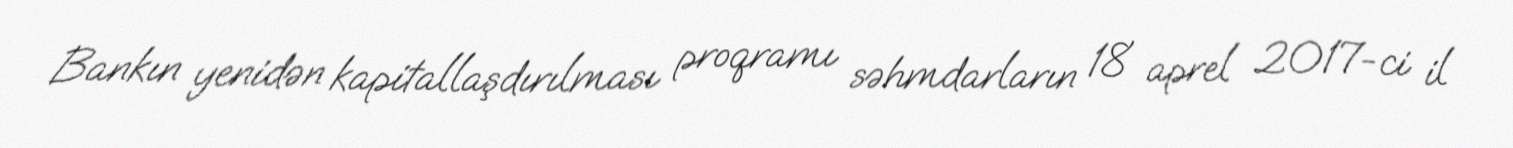
Bankın yenidən kapitallaşdırılması proqramı səhmdarların 18 aprel 2017-ci il